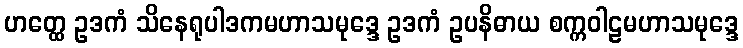
ဟတ္ထေ ဥဒကံ သိနေရုပါဒကမဟာသမုဒ္ဒေ ဥဒကံ ဥပနိဓာယ စက္ကဝါဠမဟာသမုဒ္ဒေ